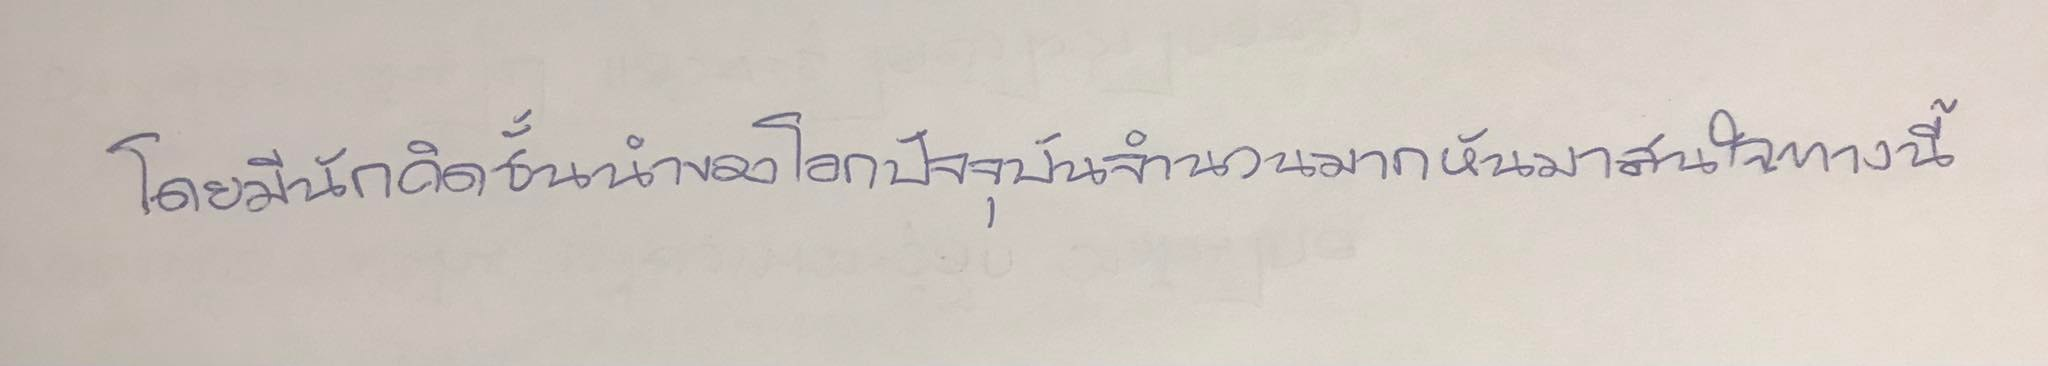
โดยมีนักคิดชั้นนำของโลกปัจจุบันจำนวนมากได้หันมาสนใจทางนี้